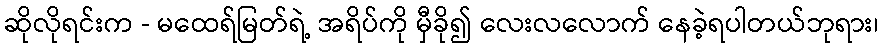
ဆိုလိုရင်းက - မထေရ်မြတ်ရဲ့ အရိပ်ကို မှီခို၍ လေးလလောက် နေခဲ့ရပါတယ်ဘုရား၊